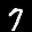
Label: 7